Lunatic asylums Madras 1892-1911 - 1892-1911
Year: 1892
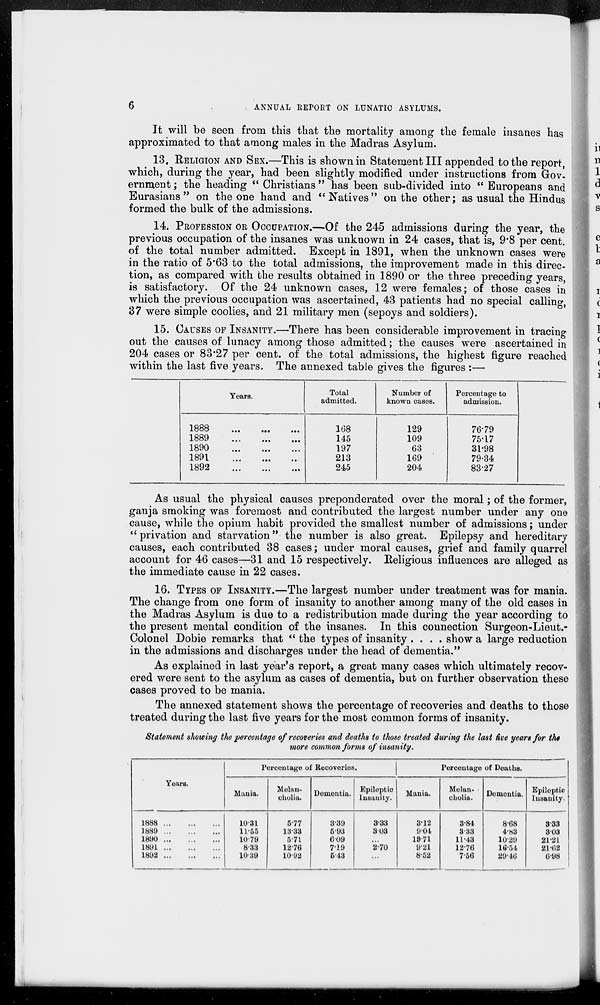
6
ANNUAL REPORT ON LUNATIC ASYLUMS.
It will be seen from this that the mortality among the female insanes has
approximated to that among males in the Madras Asylum.
13. RELIGION AND SEX.—This is shown in Statement III appended to the report,
which, during the year, had been slightly modified under instructions from Gov¬
ernment; the heading " Christians " has been sub-divided into " Europeans and
Eurasians" on the one hand and " Natives" on the other; as usual the Hindus
formed the bulk of the admissions.
14. PROFESSION OR OCCUPATION.—Of the 245 admissions during the year, the
previous occupation of the insanes was unknown in 24 cases, that is, 9.8 per cent.
of the total number admitted. Except in 1891, when the unknown cases were
in the ratio of 5.63 to the total admissions, the improvement made in this direc-
tion, as compared with the results obtained in 1890 or the three preceding years,
is satisfactory. Of the 24 unknown cases, 12 were females; of those cases in
which the previous occupation was ascertained, 43 patients had no special calling,
37 were simple coolies, and 21 military men (sepoys and soldiers).
15. CAUSES OF INSANITY.—There has been considerable improvement in tracing
out the causes of lunacy among those admitted; the causes were ascertained in
204 cases or 83.27 per cent. of the total admissions, the highest figure reached
within the last five years. The annexed table gives the figures :—
Years.
1888
...
...
...
1889
...
...
...
1890
...
...
...
l891
...
...
...
1892 ... ... ...
Total
admitted.
168
145
197
213
245
Number of
known cases.
129
109
63
169
204
Percentage to
admission.
76.79
75.17
31.98
79.34
83.27
As usual the physical causes preponderated over the moral; of the former,
ganja smoking was foremost and contributed the largest number under any one
cause, while the opium habit provided the smallest number of admissions; under
" privation and starvation" the number is also great. Epilepsy and hereditary
causes, each contributed 38 cases; under moral causes, grief and family quarrel
account for 46 cases—31 and 15 respectively. Religious influences are alleged as
the immediate cause in 22 cases.
16. TYPES OF INSANITY.—The largest number under treatment was for mania.
The change from one form of insanity to another among many of the old cases in
the Madras Asylum is due to a redistribution made during the year according to
the present mental condition of the insanes. In this connection Surgeon-Lieut.-
Colonel Dobie remarks that " the types of insanity .... show a large reduction
in the admissions and discharges under the head of dementia."
As explained in last year's report, a great many cases which ultimately recov-
ered were sent to the asylum as cases of dementia, but on further observation these
cases proved to be mania.
The annexed statement shows the percentage of recoveries and deaths to those
treated during the last five years for the most common forms of insanity.
Statement showing the percentage of recoveries and deaths to those treated during the last five gears for the
more common forms of insanity.
Years.
1888...
...
...
1889...
...
...
1890...
...
...
1891...
...
...
1892...
...
...
Percentage of Recoveries.
Mania.
10.31
11.55
10.79
8.33
10.39
Melan-
cholia.
5.77
13.33
5.71
12.76
10.92
Dementia.
3.39
5.93
6.09
7.19
5.43
Epileptic
Insanity.
3.33
3.03
...
2.70
...
Percentage of Deaths.
Mania.
3.12
9.04
19.71
9.21
8.52
Melan-
cholia.
3.84
3.33
11.43
12.76
7.56
Dementia.
8.68
4.83
10.29
16.54
29.46
Epileptic
Insanity.
3.33
3.03
21.21
21.62
6.98